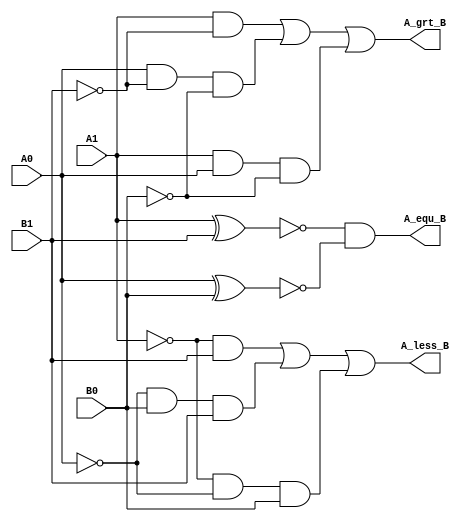
`timescale 1ns / 1ps
//////////////////////////////////////////////////////////////////////////////////
// Company: 
// Engineer: 
// 
// Design Name: 
// Module Name: Two_Bit_Comparator
// Project Name: 
// Target Devices: 
// Tool Versions: 
// Description: 
// 
// Dependencies: 
// 
// Revision:
// Revision 0.01 - File Created
// Additional Comments:
// 
//////////////////////////////////////////////////////////////////////////////////

// Deepak Lal       041-18-0030
module Two_Bit_Comparator(A_less_B, A_equ_B, A_grt_B, A0, A1, B0, B1 );//inv_A0,inv_A1,inv_B0,inv_B1
input A0, A1, B0, B1 ;
output A_less_B, A_equ_B, A_grt_B;
//output inv_A0,inv_A1,inv_B0,inv_B1;
wire s0,s1,s2,s3,s4,s5,s6,s7;

//not not0(A0,inv_A0);
//not not1(A1,inv_A1);
//not not2(B0,inv_B0);
//not not3(B1,inv_B1);

// A< B
or or1(A_less_B, s0,s1,s2);
and and1(s0, ~A1, B1);
and and2(s1,~A0, B0, B1);
and and3(s2, ~A1,~A0, B0);

//  A=B
and and4(A_equ_B, s3,s4);
xnor xnor1(s3,A1,B1);
xnor xnor2(s4, A0,B0);

// A>B
or or2(A_grt_B, s5,s6,s7);
and and5(s5,A1,~B1);
and and6(s6, A0, ~B1,~B0);
and and7(s7, A1,A0,~B0);
endmodule